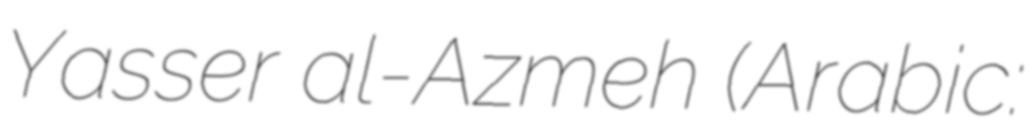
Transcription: Yasser al-Azmeh (Arabic: